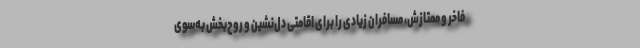
فاخر و ممتازش، مسافران زیادی را برای اقامتی دل‌نشین و روح‌بخش به‌سوی